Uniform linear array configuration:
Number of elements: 32
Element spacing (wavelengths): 0.5
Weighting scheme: cosine
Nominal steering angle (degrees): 45
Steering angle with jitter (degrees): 45.133
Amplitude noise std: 0.05
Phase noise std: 0.05

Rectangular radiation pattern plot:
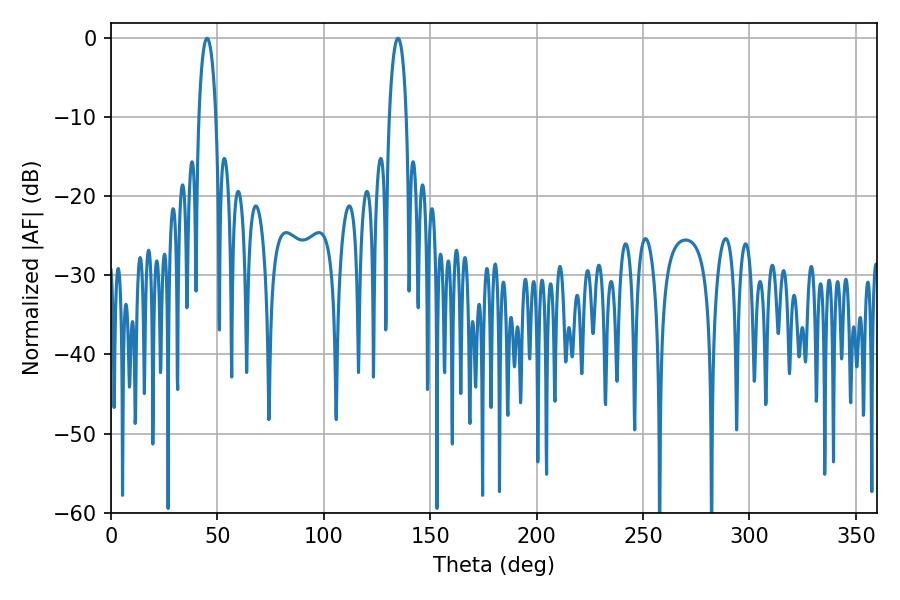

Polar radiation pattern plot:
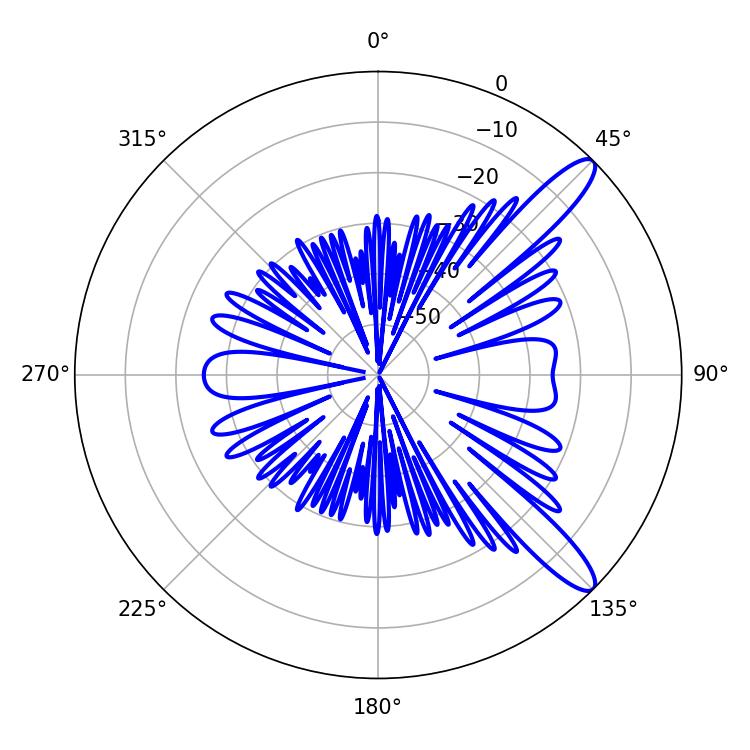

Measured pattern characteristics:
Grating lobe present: FALSE
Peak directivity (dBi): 11.999
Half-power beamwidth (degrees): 4.68
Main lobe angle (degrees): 134.82